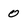
Character: 0